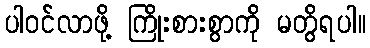
ပါဝင်လာဖို့ ကြိုးစားစွာကို မတွိရပါ။